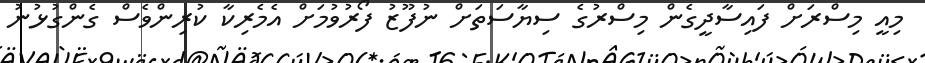
މިއީ މިސްރަށް ފައިސާދީގެން މިސްރުގެ ސިޔާސަތަށް ނުފޫޒު ފޯރުވުމަށް އެމެރިކާ ކުރިންވެސް ގެންގުޅުނު